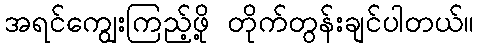
အရင်ကျွေးကြည့်ဖို့ တိုက်တွန်းချင်ပါတယ်။